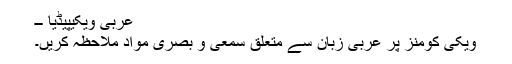
عربی ویکیپیڈیا ــ
ویکی کومنز پر عربی زبان سے متعلق سمعی و بصری مواد ملاحظہ کریں۔